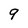
Character: 9